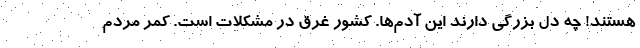
هستند! چه دل بزرگی دارند این آدم‌ها. کشور غرق در مشکلات است. کمر مردم